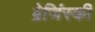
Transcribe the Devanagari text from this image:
ब्रेजिंस्की